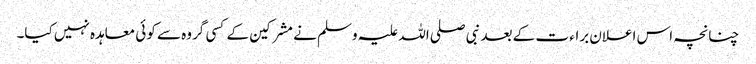
چنانچہ اس اعلان براء ت کے بعد نبی صلی اللہ علیہ وسلم نے مشرکین کے کسی گروہ سے کوئی معاہدہ نہیں کیا۔